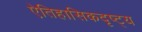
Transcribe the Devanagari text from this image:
ऐतिहासिकदृष्ट्य